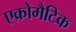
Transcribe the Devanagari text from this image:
एक्रोमैटिक